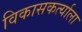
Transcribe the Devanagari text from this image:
विकासकर्त्याला